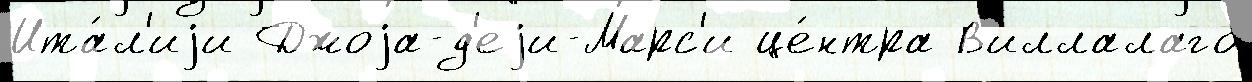
Ита́л'иjи Джоjа-д'еjи-Марс'и це́нтра В'иллалаго